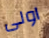
اولى